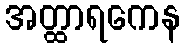
အတ္ထာရကေန